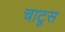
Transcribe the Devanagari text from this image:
चाटूस